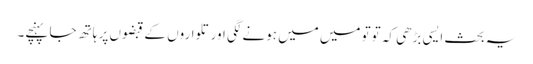
یہ بحث ایسی بڑھی کہ توتو میں میں ہونے لگی اور تلواروں کے قبضوں پر ہاتھ جا پہنچے۔